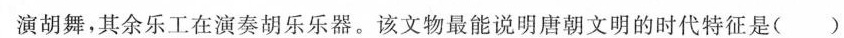
演胡舞，其余乐工在演奏胡乐乐器。该文物最能说明唐朝文明的时代特征是( )